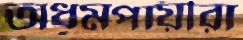
অধূমপায়ীরা